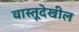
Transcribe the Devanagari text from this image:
वास्तूदेखील